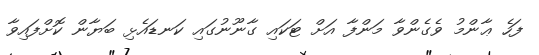
ފަހެ ޢާންމު ވެގެންވާ މަންފާ އަށް ޓަކައި ގާނޫނުގައި ކަނޑައެޅި ބަޔާން ކޮށްފައިވާ